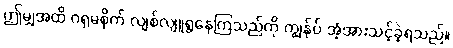
ဤမျှအထိ ဂရုမစိုက် လျစ်လျူရွနေကြသည်ကို ကျွန်ုပ် အံ့အားသင့်ခဲ့ရသည်။